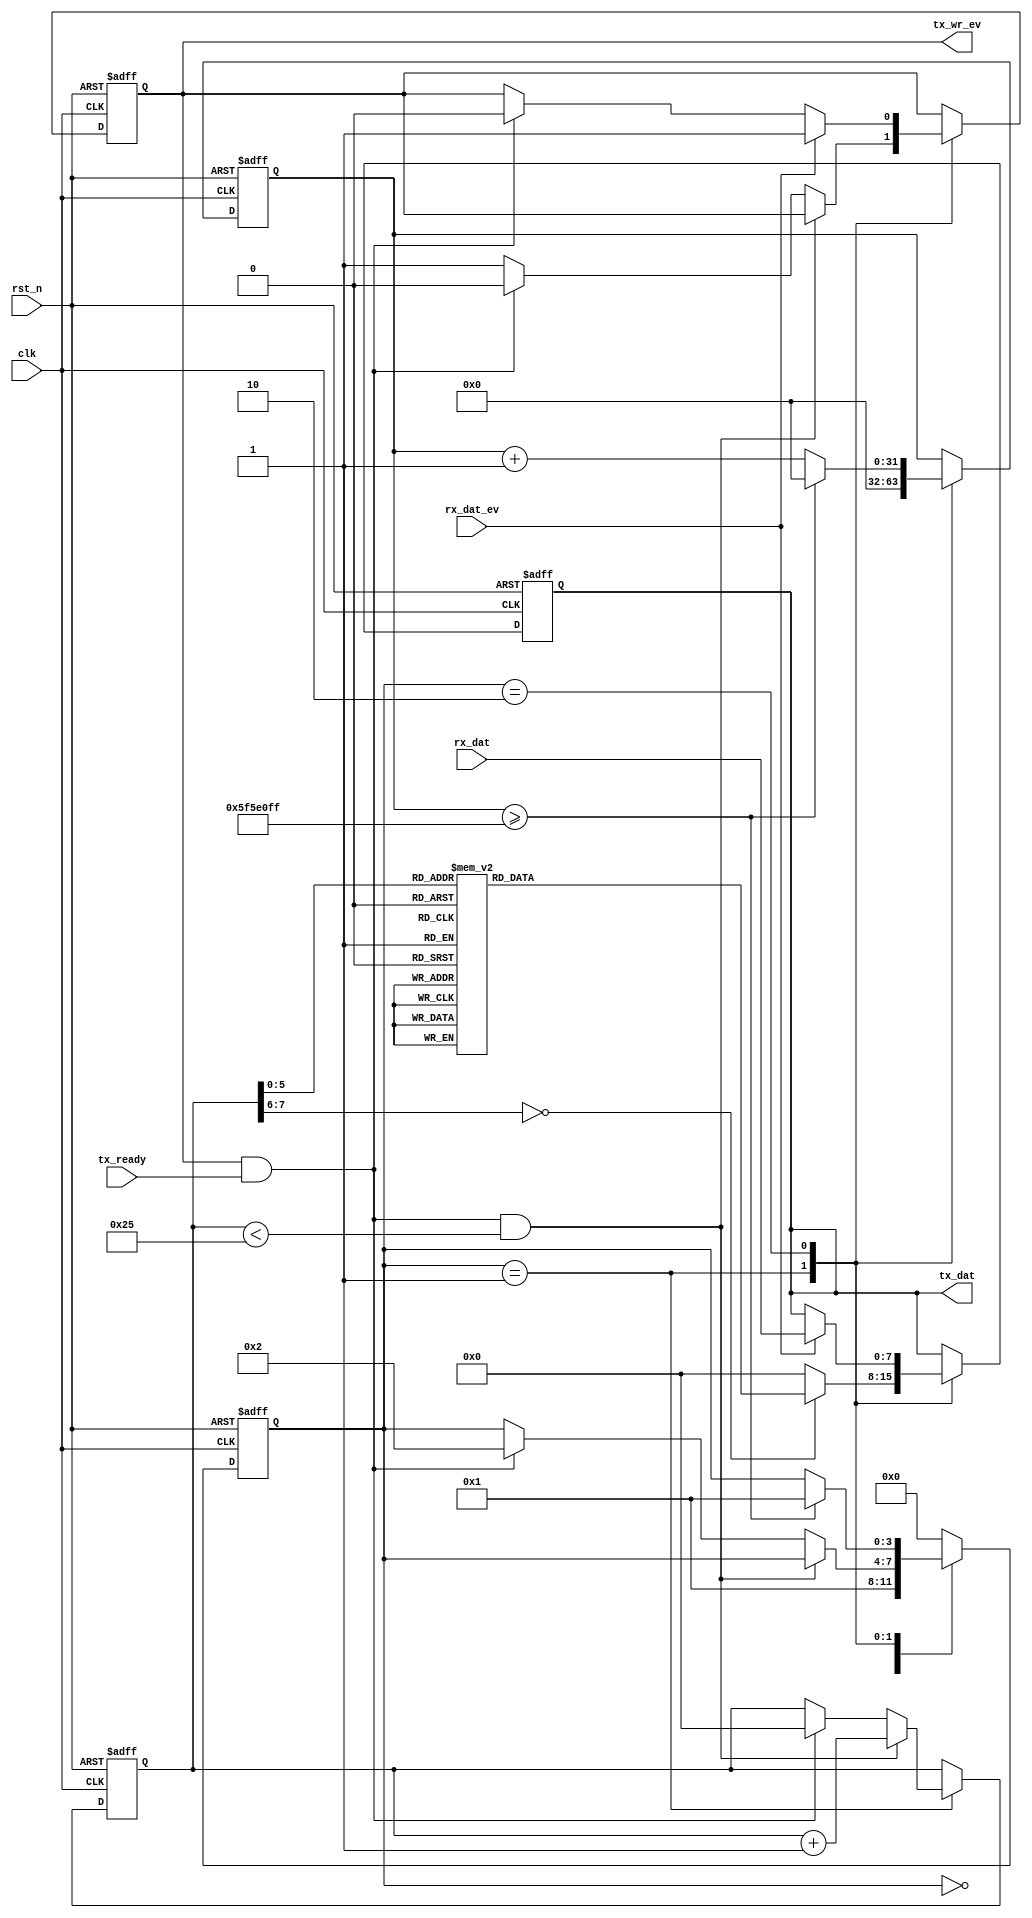
module uart_sti(
    input                           clk,
    input                           rst_n,
    input            [7:0]          rx_dat,
    input                           rx_dat_ev, 
    input                           tx_ready,
    output    reg    [7:0]          tx_dat,
    output    reg                   tx_wr_ev
);

localparam                       IDLE    =  0;
localparam                       SEND    =  1;   
localparam                       WAIT    =  2;   

reg             [7:0]            tx_str;
reg             [7:0]            tx_cnt;
reg             [31:0]           wait_cnt;
reg             [3:0]            state;

wire            [7:0]            rx_data;

always@(posedge clk or negedge rst_n) begin
	if(rst_n == 1'b0)
	begin
		wait_cnt <= 32'd0;
		tx_dat <= 8'd0;
		state <= IDLE;
		tx_cnt <= 8'd0;
		tx_wr_ev <= 1'b0;
	end else
	    case(state)
	    	IDLE:
	    		state <= SEND;
	    	SEND:
	    	begin
	    		wait_cnt <= 32'd0;
	    		tx_dat <= tx_str;

	    		if(tx_wr_ev == 1'b1 && tx_ready == 1'b1 && tx_cnt < 8'd37)//Send 12 bytes data
	    		begin
	    			tx_cnt <= tx_cnt + 8'd1; //Send data counter
	    		end
	    		else if(tx_wr_ev && tx_ready)//last byte sent is complete
	    		begin
	    			tx_cnt   <= 8'd0;
	    			tx_wr_ev <= 1'b0;
	    			state    <= WAIT;
	    		end
	    		else if(~tx_wr_ev)
	    		begin
	    			tx_wr_ev <= 1'b1;
	    		end
	    	end
	    	WAIT:
	    	begin
	    		wait_cnt <= wait_cnt + 32'd1;

                if(wait_cnt >= 32'd99999999) begin // wait for 1 second
	    			state    <= SEND;
                    wait_cnt <= 32'd0;
                end 
                
                if(rx_dat_ev) begin
                    tx_wr_ev <= 1'b1;
                    tx_dat   <= rx_dat;
                end else if(tx_wr_ev && tx_ready) begin
                    tx_wr_ev <= 1'b0;
                end 
	    	end
	    	default:
	    		state <= IDLE;
	    endcase
end

always@(*) begin
	case(tx_cnt)
		8'd0 :  tx_str <= "s";
		8'd1 :  tx_str <= "a";
		8'd2 :  tx_str <= "p";
		8'd3 :  tx_str <= "i";
		8'd4 :  tx_str <= "e";
		8'd5 :  tx_str <= "n";
		8'd6 :  tx_str <= "s";
		8'd7 :  tx_str <= ":";
		8'd8 :  tx_str <= "a";
		8'd9 :  tx_str <= " ";
		8'd10:  tx_str <= "b";
		8'd11:  tx_str <= "r";
		8'd12:  tx_str <= "i";
		8'd13:  tx_str <= "e";
		8'd14:  tx_str <= "f";
		8'd15:  tx_str <= " ";
		8'd16:  tx_str <= "h";
		8'd17:  tx_str <= "i";
		8'd18:  tx_str <= "s";
		8'd19:  tx_str <= "t";
		8'd20:  tx_str <= "o";
		8'd21:  tx_str <= "r";
		8'd22:  tx_str <= "y";
		8'd23:  tx_str <= " ";
		8'd24:  tx_str <= "o";
		8'd25:  tx_str <= "f";
		8'd26:  tx_str <= " ";
		8'd27:  tx_str <= "h";
		8'd28:  tx_str <= "u";
		8'd29:  tx_str <= "m";
		8'd30:  tx_str <= "a";
		8'd31:  tx_str <= "n";
		8'd32:  tx_str <= "k";
		8'd33:  tx_str <= "i";
		8'd34:  tx_str <= "n";
		8'd35:  tx_str <= "d";
		8'd36:  tx_str <= "\r";
		8'd37:  tx_str <= "\n";
		default:tx_str <= 8'd0;
	endcase
end


endmodule